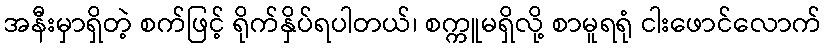
အနီးမှာရှိတဲ့ စက်ဖြင့် ရိုက်နှိပ်ရပါတယ်၊ စက္ကူမရှိလို့ စာမူရရုံ ငါးဖောင်လောက်